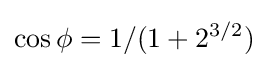
\cos \phi =1/(1+2^{3/2})